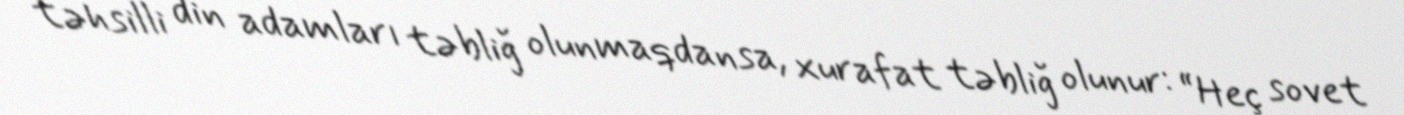
təhsilli din adamları təbliğ olunmaqdansa, xurafat təbliğ olunur: “Heç sovet